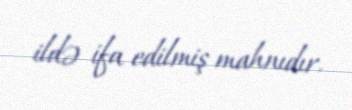
ildə ifa edilmiş mahnıdır.